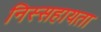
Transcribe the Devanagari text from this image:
निस्सहायता